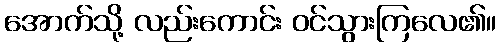
အောက်သို့ လည်းကောင်း ဝင်သွားကြလေ၏။